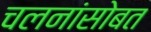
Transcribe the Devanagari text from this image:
चलनांसोबत